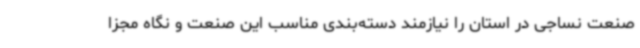
صنعت نساجی در استان را نیازمند دسته‌بندی مناسب این صنعت و نگاه مجزا